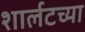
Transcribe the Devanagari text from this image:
शार्लटच्या